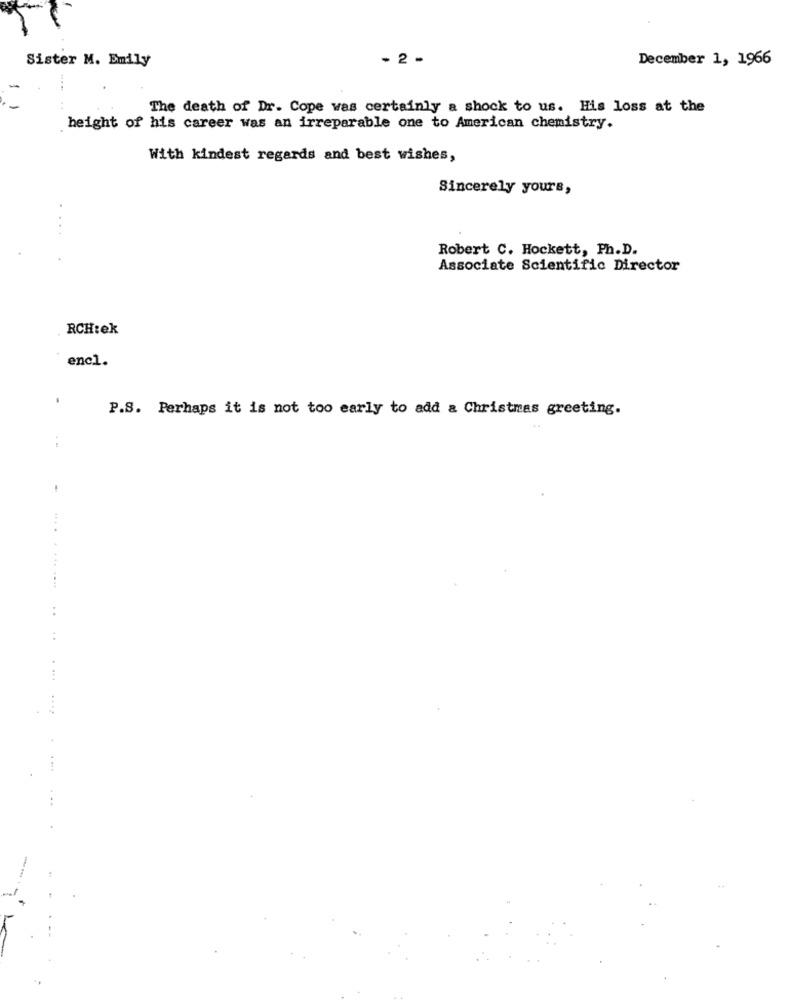
-
Sister M. Emily
- 2 .
December 1, 1966
1
The death of Dr. Cope was certainly a shock to us. His loss at the
height of his career was an irreparable one to American chemistry.
With kindest regards and best wishes,
Sincerely yours,
Robert C. Hockett, Ph.D.
Associate Scientific Director
RCH:ek
enc1.
P.S. Perhaps it is not too early to add a Christmas greeting.
.-
.... ......
..
.